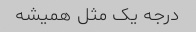
درجه یک مثل همیشه